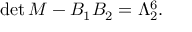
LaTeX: \mathrm { d e t } \, M - B _ { 1 } B _ { 2 } = \Lambda _ { 2 } ^ { 6 } . \nonumber